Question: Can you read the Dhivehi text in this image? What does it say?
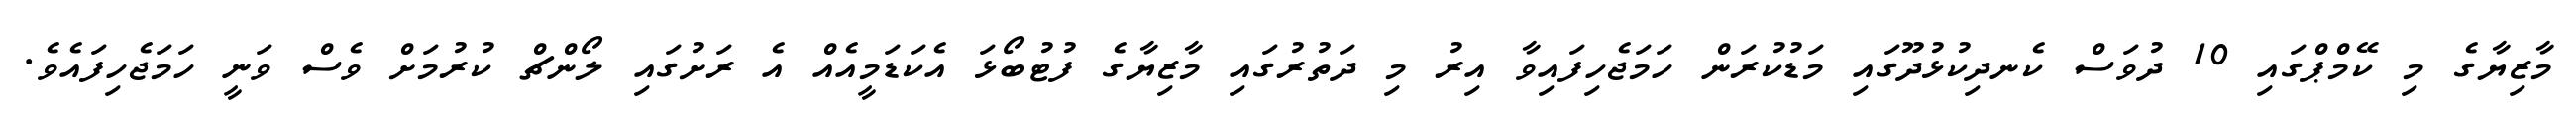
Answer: މާޒިޔާގެ މި ކޭމްޕްގައި 10 ދުވަސް ކެނދިކުޅުދޫގައި މަޑުކުރަން ހަމަޖެހިފައިވާ އިރު މި ދަތުރުގައި މާޒިޔާގެ ފުޓުބޯޅަ އެކަޑަމީއެއް އެ ރަށުގައި ލޯންޗް ކުރުމަށް ވެސް ވަނީ ހަމަޖެހިފައެވެ.